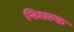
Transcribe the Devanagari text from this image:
निशल्क